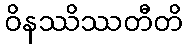
ဝိနဿိဿတီတိ